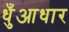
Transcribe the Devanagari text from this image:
धुँआधार